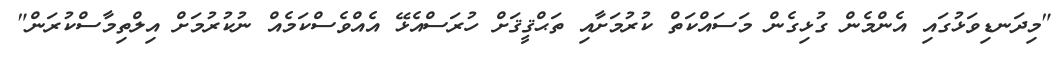
"މިދަނޑިވަޅުގައި އެންމެން ގުޅިގެން މަސައްކަތް ކުރުމަށާއި ތަޙްޤީޤަށް ހުރަސްއެޅޭ އެއްވެސްކަމެއް ނުކުރުމަށް އިލްތިމާސްކުރަން"